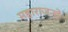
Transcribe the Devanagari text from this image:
महाराजन्चे